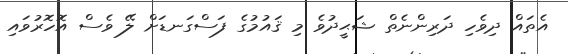
އެތައް ދިވެހި ދަރިންނެތް ޝަޙީދުވެ މި ޤައުމުގެ ފަސްގަނޑަށް ލޭ ވެސް އޮހޮރުވައި